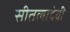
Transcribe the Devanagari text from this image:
सीतलादेवी